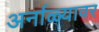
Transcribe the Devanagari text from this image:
अर्नाळ्यावर